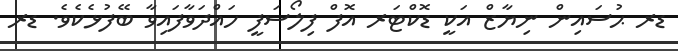
ޑރ ޙުސައިން ނިޔާޒް އަކީ ޑޮކްޓަރ އޮފް ފިލޯސަފީ ހައްދަވާފައިވާ ބޭފުޅެކެވެ. ޑރ